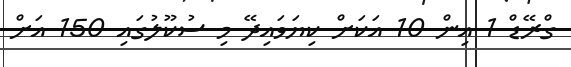
ގްރޭޑް 1 އިން 10 އަކަށް ކިޔަވައިދޭ މި ސުކޫލުގައި 150 އަށް